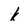
Character: k